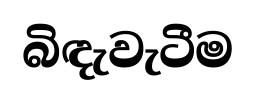
බිඳැවැටීම